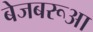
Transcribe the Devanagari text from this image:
बेजबरूआ